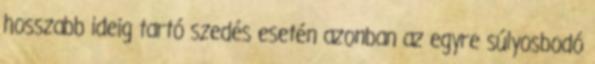
hosszabb ideig tartó szedés esetén azonban az egyre súlyosbodó